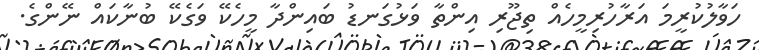
ހަވާލުކުރީމަ އަރާހުރިމީހެއް ތިޖޫރި އިންތާ ވަޅުގަނޑު ބައިންދާ މީހެކޭ ވަގެކޭ ބުނާކައް ނޭންގެ.